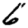
Digit: 6